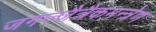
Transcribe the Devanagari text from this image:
जगज्जैत्रैकमन्त्रेण